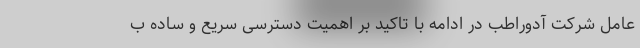
عامل شرکت آدوراطب در ادامه با تاکید بر اهمیت دسترسی سریع و ساده ب